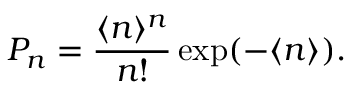
P _ { n } = \frac { \langle n \rangle ^ { n } } { n ! } \exp ( - \langle n \rangle ) .